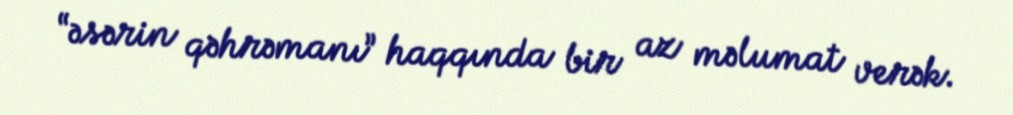
“əsərin qəhrəmanı” haqqında bir az məlumat verək.